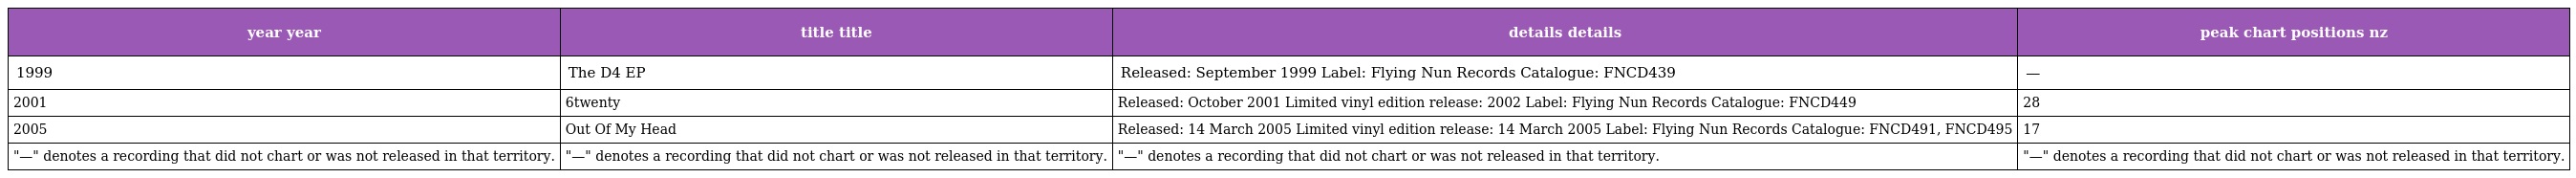
| year year | title title | details details | peak chart positions nz |
 | --- | --- | --- | --- |
 | 1999 | The D4 EP | Released: September 1999 Label: Flying Nun Records Catalogue: FNCD439 | — |
 | 2001 | 6twenty | Released: October 2001 Limited vinyl edition release: 2002 Label: Flying Nun Records Catalogue: FNCD449 | 28 |
 | 2005 | Out Of My Head | Released: 14 March 2005 Limited vinyl edition release: 14 March 2005 Label: Flying Nun Records Catalogue: FNCD491, FNCD495 | 17 |
 | "—" denotes a recording that did not chart or was not released in that territory. | "—" denotes a recording that did not chart or was not released in that territory. | "—" denotes a recording that did not chart or was not released in that territory. | "—" denotes a recording that did not chart or was not released in that territory. |